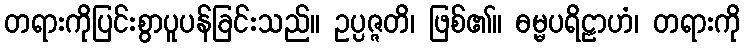
တရားကိုပြင်းစွာပူပန်ခြင်းသည်။ ဥပ္ပဇ္ဇတိ၊ ဖြစ်၏။ ဓမ္မပရိဠာဟံ၊ တရားကို